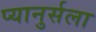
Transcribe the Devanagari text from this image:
प्यानुर्सला